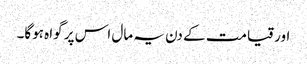
اور قیامت کے دن یہ مال اس پر گواہ ہوگا۔